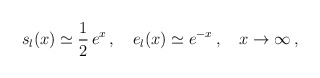
\begin{align*}s_l(x)\simeq \frac{1}{2}\,e^x\,, \quad e_l(x)\simeq e^{-x}\,, \quad x\to \infty\,,\end{align*}